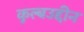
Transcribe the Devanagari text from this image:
कुल्बउद्दीन